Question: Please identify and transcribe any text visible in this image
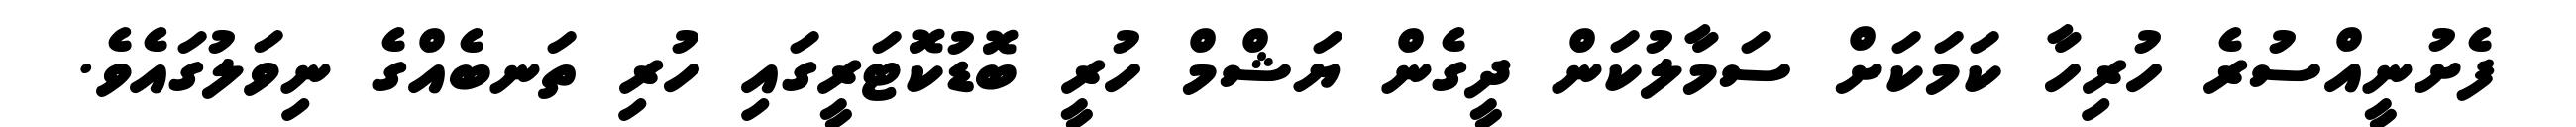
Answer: ފެށުނީއްސުރެ ހުރިހާ ކަމަކަށް ސަމާލުކަން ދީގެން ޔަޝްމް ހުރީ ބޮޑުކޮޓަރީގައި ހުރި ތަނބެއްގެ ނިވަލުގައެވެ.